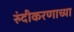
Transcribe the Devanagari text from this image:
रुंदीकरणाच्या